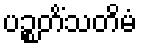
ပဉ္စတိံသတိမံ